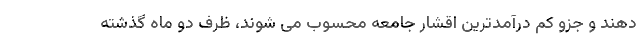
دهند و جزو کم درآمدترین اقشار جامعه محسوب می شوند، ظرف دو ماه گذشته